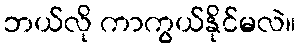
ဘယ်လို ကာကွယ်နိုင်မလဲ။